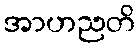
အာဟညတိ